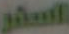
السفر